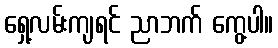
ရှေ့လမ်းကျရင် ညာဘက် ကွေ့ပါ။